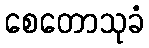
စေတောသုခံ